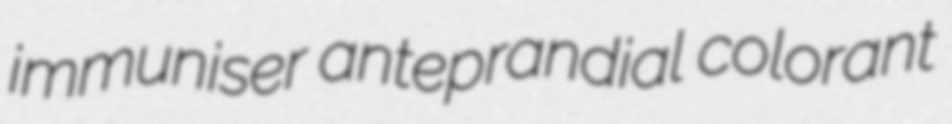
immuniser anteprandial colorant